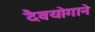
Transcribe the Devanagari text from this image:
दैवयोगाने